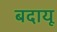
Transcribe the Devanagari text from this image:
बदायू